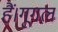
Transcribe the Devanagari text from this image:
हैं।गूगल